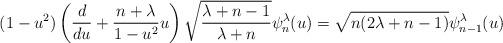
LaTeX: \begin{align*}(1-u^2)\left(\frac{d}{du}+\frac{n+\lambda}{1-u^2}u\right)\sqrt{\frac{\lambda +n-1}{\lambda+n}}\psi_{n}^{\lambda}(u) = \sqrt{n(2\lambda+n-1)} \psi_{n-1}^{\lambda}(u) \end{align*}